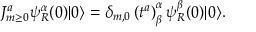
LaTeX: J _ { m \ge 0 } ^ { a } \psi _ { R } ^ { \alpha } ( 0 ) | 0 \rangle = \delta _ { m , 0 } \left( t ^ { a } \right) _ { \beta } ^ { \alpha } \psi _ { R } ^ { \beta } ( 0 ) | 0 \rangle .